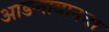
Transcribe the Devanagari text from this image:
आङनावानचा